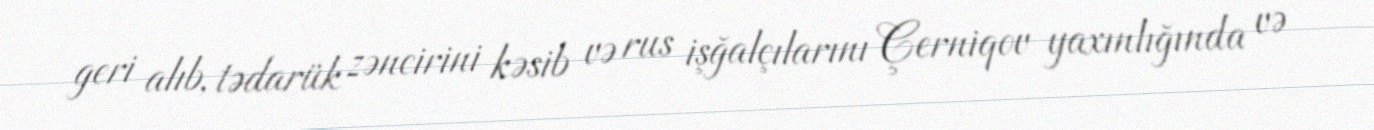
geri alıb, tədarük zəncirini kəsib və rus işğalçılarını Çerniqov yaxınlığında və